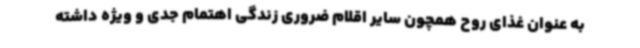
به عنوان غذای روح همچون سایر اقلام ضروری زندگی اهتمام جدی و ویژه داشته